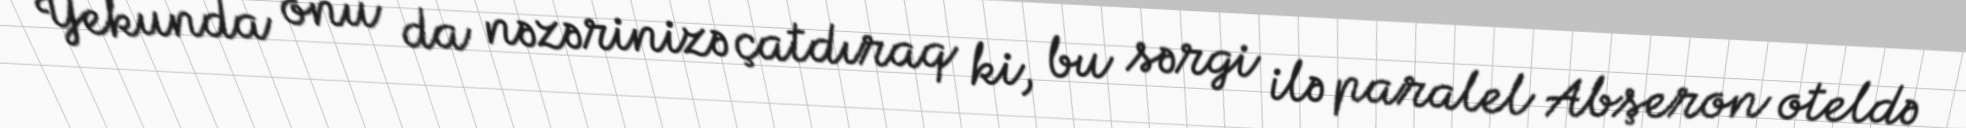
Yekunda onu da nəzərinizə çatdıraq ki, bu sərgi ilə paralel Abşeron oteldə